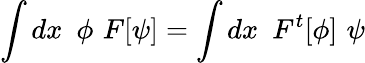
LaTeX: \int dx\, \, \, \phi\, \, F[\psi]=\int dx\, \, \, F^{t}[\phi]\, \, \psi